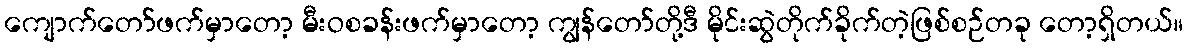
ကျောက်တော်ဖက်မှာတော့ မီးဝစခန်းဖက်မှာတော့ ကျွန်တော်တို့ဒီ မိုင်းဆွဲတိုက်ခိုက်တဲ့ဖြစ်စဉ်တခု တော့ရှိတယ်။